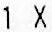
1 X